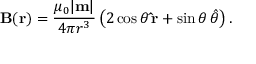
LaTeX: \mathbf { B } ( { \mathbf { r } } ) = { \frac { \mu _ { 0 } | \mathbf { m } | } { 4 \pi r ^ { 3 } } } \left( 2 \cos \theta \, \mathbf { \hat { r } } + \sin \theta \, { \boldsymbol { \hat { \theta } } } \right) .